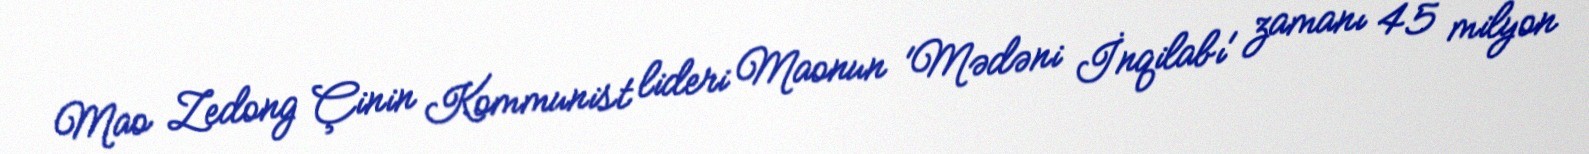
Mao Zedong Çinin Kommunist lideri Maonun 'Mədəni İnqilabı' zamanı 45 milyon